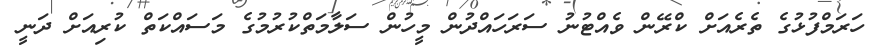
ހަރަމްފުޅުގެ ތެރެއަށް ކްރޭން ވެއްޓުނު ސަރަހައްދުން މީހުން ސަލާމަތްކުރުމުގެ މަސައްކަތް ކުރިއަށް ދަނީ